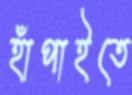
হাঁপাইতে